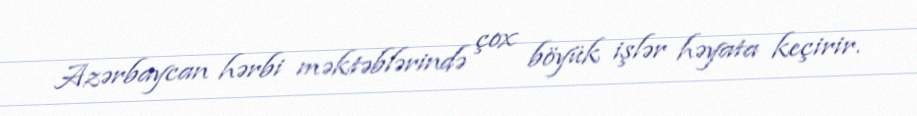
Azərbaycan hərbi məktəblərində çox böyük işlər həyata keçirir.